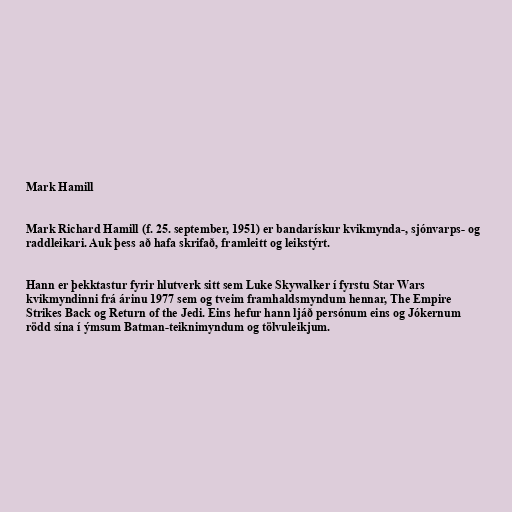
Mark Hamill

Mark Richard Hamill (f. 25. september, 1951) er bandarískur kvikmynda-, sjónvarps- og
raddleikari. Auk þess að hafa skrifað, framleitt og leikstýrt.

Hann er þekktastur fyrir hlutverk sitt sem Luke Skywalker í fyrstu Star Wars
kvikmyndinni frá árinu 1977 sem og tveim framhaldsmyndum hennar, The Empire
Strikes Back og Return of the Jedi. Eins hefur hann ljáð persónum eins og Jókernum
rödd sína í ýmsum Batman-teiknimyndum og tölvuleikjum.